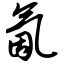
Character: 氤